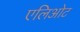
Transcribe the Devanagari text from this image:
एलिओट